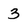
Character: 3